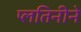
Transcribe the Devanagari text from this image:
प्लतिनीने